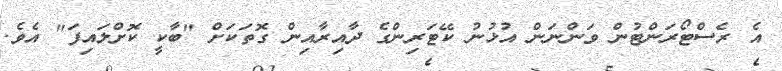
އެ ރެސްޓޯރަންޓުން ވަންނަން އުޅުނު ކޭޓަރިންގެ ދާއިރާއިން ގޮތަކަށް "ބާކީ ކޮށްލައިފަ" އެވެ.